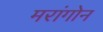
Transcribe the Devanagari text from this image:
मरांगोन